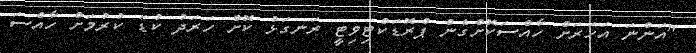
"އަންނަ އަހަރަށް ހާއްސަކޮށްގެން ޕްރޮޑަކްޓިވިޓީ ރަނގަޅު ކޮށް ހަރަދު ކުޑަ ކުރުމަށް ހާއްސަ